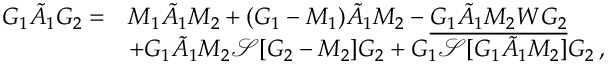
\begin{array} { r l } { G _ { 1 } \tilde { A } _ { 1 } G _ { 2 } = } & { M _ { 1 } \tilde { A } _ { 1 } M _ { 2 } + ( G _ { 1 } - M _ { 1 } ) \tilde { A } _ { 1 } M _ { 2 } - \underline { { G _ { 1 } \tilde { A } _ { 1 } M _ { 2 } W G _ { 2 } } } } \\ & { + G _ { 1 } \tilde { A } _ { 1 } M _ { 2 } \mathcal { S } [ G _ { 2 } - M _ { 2 } ] G _ { 2 } + G _ { 1 } \mathcal { S } [ G _ { 1 } \tilde { A } _ { 1 } M _ { 2 } ] G _ { 2 } \, , } \end{array}